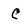
Character: C